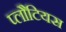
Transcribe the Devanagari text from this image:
प्लौटियस